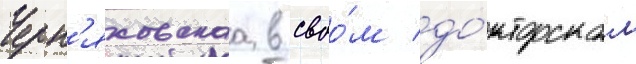
Черн'яховскаа в своо́м до́кторском